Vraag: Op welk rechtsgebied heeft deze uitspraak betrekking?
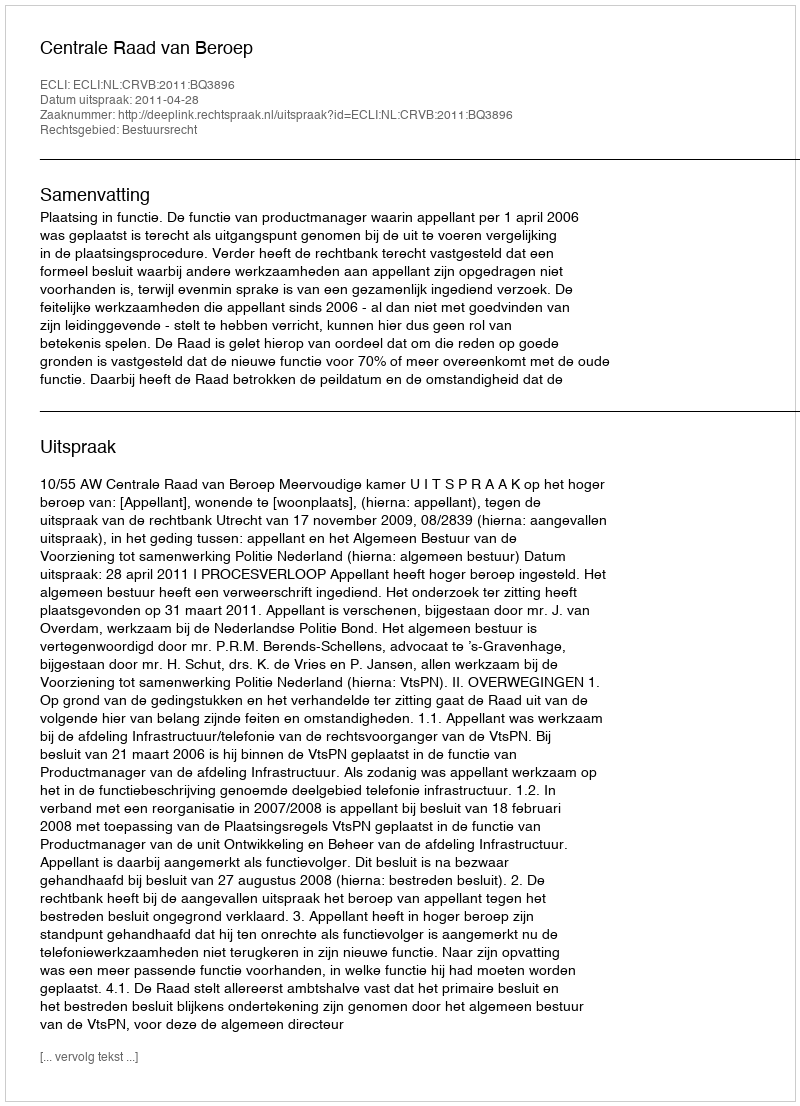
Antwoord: Bestuursrecht